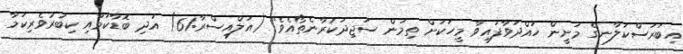
އިބަރަސްކަލާނގެ މަށީން ހައްދަވާފައިވާ މީހަކަށް ތިމަން ސަޖިދަކުރާނެތޯއެވެ'' (އަލްއިސްރާ:61) އަދި ބޮޑާކަމާއި ކިބުރުވެރިކަމާ